Indian journal of veterinary science and animal husbandry - Volume 11,
Year: 1941
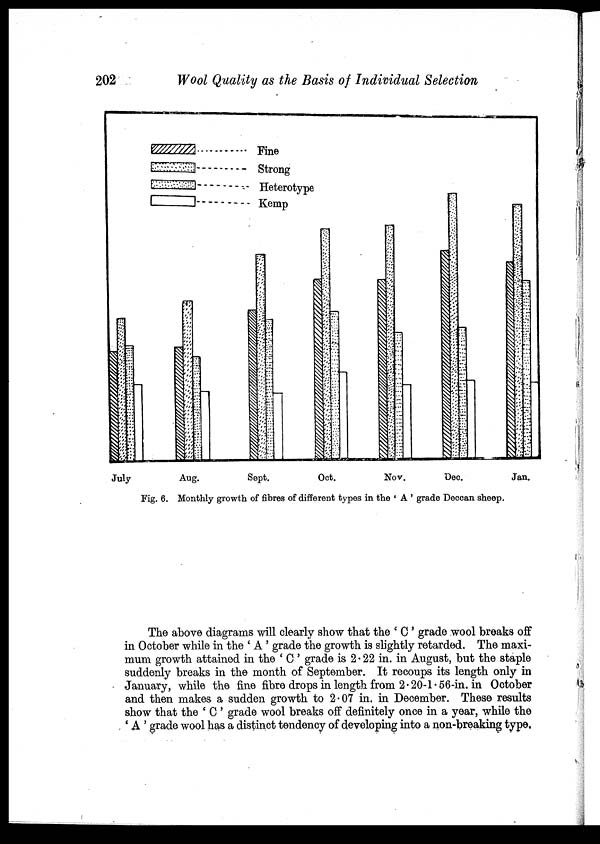
202
Wool Quality as the Basis of Individual Selection
Fig. 6. Monthly growth of fibres of different types in the ' A ' grade Deccan sheep.
The above diagrams will clearly show that the ' C ' grade wool breaks off
in October while in the ' A ' grade the growth is slightly retarded. The maxi-
mum growth attained in the ' C ' grade is 2.22 in. in August, but the staple
suddenly breaks in the month of September. It recoups its length only in
January, while the fine fibre drops in length from 2.20-1.56-in. in October
and then makes a sudden growth to 2.07 in. in December. These results
show that the ' C ' grade wool breaks off definitely once in a year, while the
' A ' grade wool has a distinct tendency of developing into a non-breaking type,